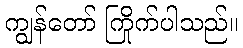
ကျွန်တော် ကြိုက်ပါသည်။